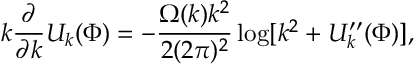
k \frac { \partial } { \partial k } U _ { k } ( \Phi ) = - \frac { \Omega ( k ) k ^ { 2 } } { 2 ( 2 \pi ) ^ { 2 } } \log [ k ^ { 2 } + U _ { k } ^ { \prime \prime } ( \Phi ) ] ,